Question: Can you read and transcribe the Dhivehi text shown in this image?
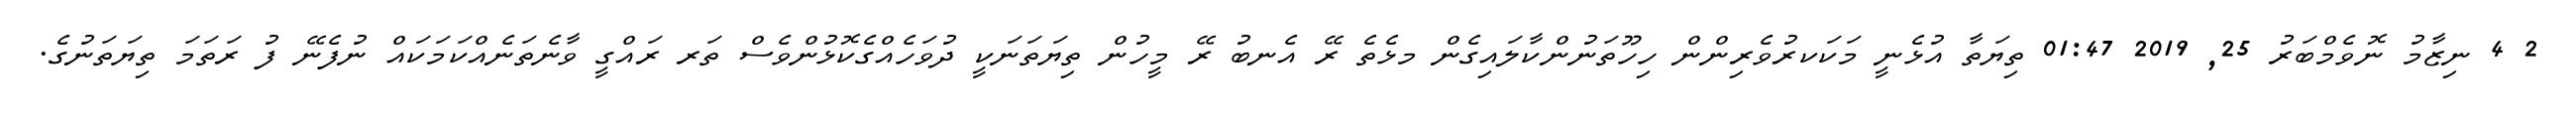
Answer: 2 4 ނިޒާމު ނޮވެމްބަރު 25, 2019 01:47 ތިޔަތާ އުޅެނީ މަކަކރުވެރިންން ހިހޫތަނުންކާލައިގެން މޅެތެ ރޭ އެނބު ރޭ މީހުން ތިޔަތަނަކީ ދުވަހެއްގެކޮޅުންވެސް ތަރ ރައްގީ ވާނެތަނެއްކަމަކައް ނުފެނޭ ފު ރަތަމަ ތިޔަތަނުގެ.